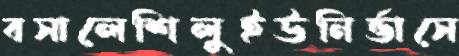
বসালেশিলুইউনির্ভাসে